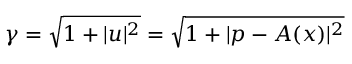
\gamma = \sqrt { 1 + | u | ^ { 2 } } = \sqrt { 1 + | p - A ( x ) | ^ { 2 } }